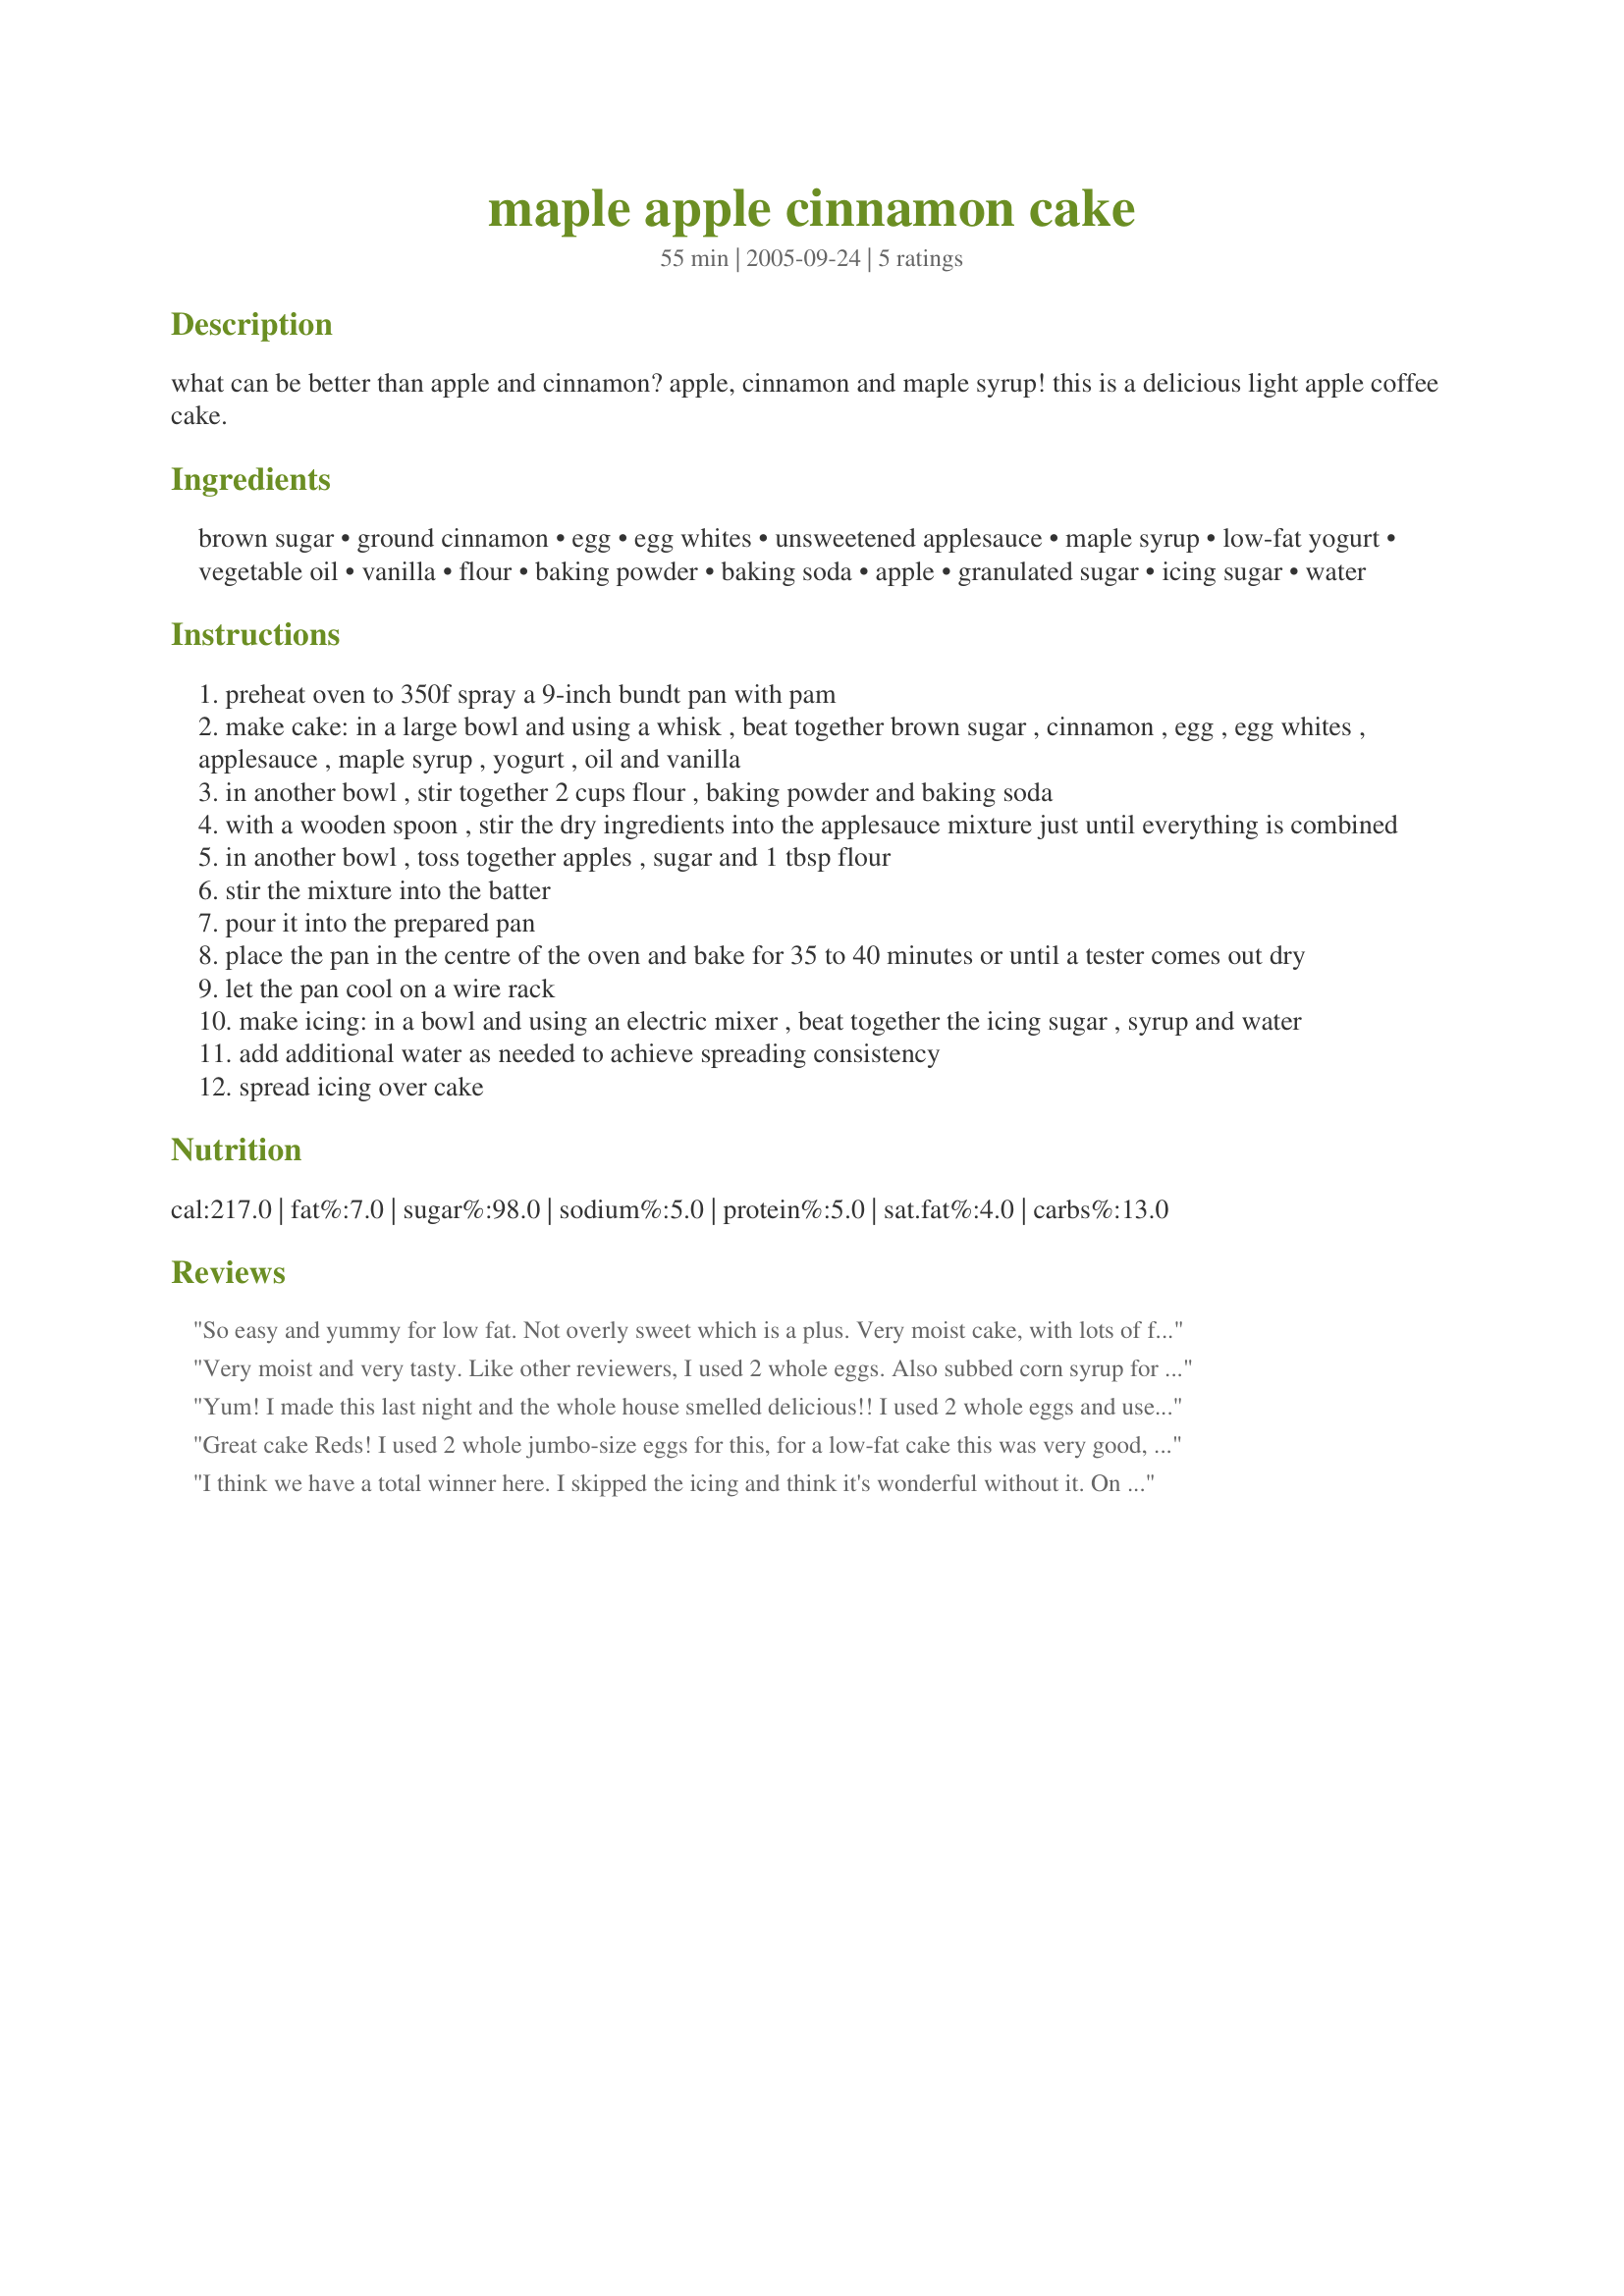
maple apple cinnamon cake
Preparation time: 55 minutes

what can be better than apple and cinnamon? apple, cinnamon and maple syrup! this is a delicious light apple coffee cake.

Ingredients:
brown sugar, ground cinnamon, egg, egg whites, unsweetened applesauce, maple syrup, low-fat yogurt, vegetable oil, vanilla, flour, baking powder, baking soda, apple, granulated sugar, icing sugar, water

Steps:
preheat oven to 350f spray a 9-inch bundt pan with pam
make cake: in a large bowl and using a whisk , beat together brown sugar , cinnamon , egg , egg whites , applesauce , maple syrup , yogurt , oil and vanilla
in another bowl , stir together 2 cups flour , baking powder and baking soda
with a wooden spoon , stir the dry ingredients into the applesauce mixture just until everything is combined
in another bowl , toss together apples , sugar and 1 tbsp flour
stir the mixture into the batter
pour it into the prepared pan
place the pan in the centre of the oven and bake for 35 to 40 minutes or until a tester comes out dry
let the pan cool on a wire rack
make icing: in a bowl and using an electric mixer , beat together the icing sugar , syrup and water
add additional water as needed to achieve spreading consistency
spread icing over cake

Reviews:
So easy and yummy for low fat. Not overly sweet which is a plus. Very moist cake, with lots of flavor.
Very moist and very tasty. Like other reviewers, I used 2 whole eggs. Also subbed corn syrup for maple syrup as real maple syrup is just too expensive, Hubby said to put in on the &quot;make again&quot; list
Yum! I made this last night and the whole house smelled delicious!! I used 2 whole eggs and used fat free sour cream in place of the yogurt. I added a touch more cinnamon and frosted the cake with cream cheese icing. I wasn't paying attention and greased a 9x13 pan instead of a bundt pan so I only had to bake it about 25 minutes. Thanks Redsie for sharing this!!
Great cake Reds! I used 2 whole jumbo-size eggs for this, for a low-fat cake this was very good, thanks for sharing!...Kitten:)
I think we have a total winner here. I skipped the icing and think it's wonderful without it. On an "I wonder" whim this morning I cut a slice about 1/2" thick and put it in the toaster. It didn't toast crisp because it's very moist but it heated and did brown,with peanut butted and cinnamon..YUMMM!. As to the cake. it doesn't bake into a tall cake but it's light and fluffy and OH SO tasty. I used 1/4 c Splenda brown sugar, no sugar added maple syrup and Splenda to blend with the apples. Made for Photo Tag, Halloween
